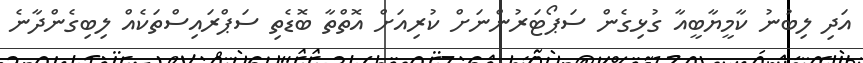
އަދި ލިބުނު ކާމީޔާބީއާ ގުޅިގެން ސަޕޯޓަރުންނަށް ކުރިއަށް އޮތްތާ ބޮޑެތި ސަޕްރައިސްތަކެއް ލިބިގެންދާނެ